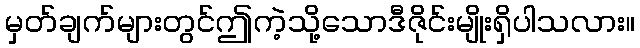
မှတ်ချက်များတွင်ဤကဲ့သို့သောဒီဇိုင်းမျိုးရှိပါသလား။